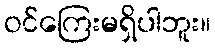
ဝင်ကြေးမရှိပါဘူး။